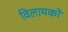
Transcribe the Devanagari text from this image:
विलायको